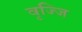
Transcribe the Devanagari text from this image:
वृज्जि